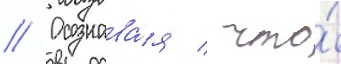
// Осознава́я / что́